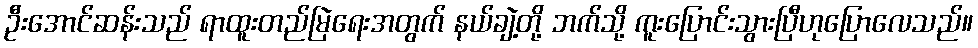
ဦးအောင်ဆန်းသည် ရာထူးတည်မြဲရေးအတွက် နယ်ချဲ့တို့ ဘက်သို့ ကူးပြောင်းသွားပြီဟုပြောလေသည်။